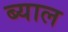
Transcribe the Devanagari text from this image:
ब्‍याल